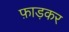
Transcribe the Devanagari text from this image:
फ़ाड़कर